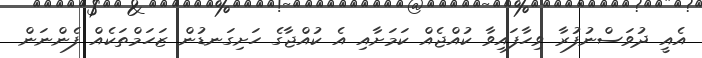
އެއީ ދުވަސްނުފުރާ ވިހާފައިވާ ކުއްޖެއް ކަމަށާއި އެ ކުއްޖާގެ ހަށިގަނޑުން ޒަހަމްތަކެއް ފެންނަން